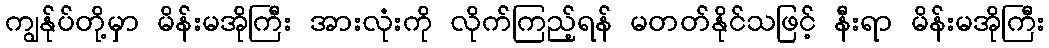
ကျွန်ုပ်တို့မှာ မိန်းမအိုကြီး အားလုံးကို လိုက်ကြည့်ရန် မတတ်နိုင်သဖြင့် နီးရာ မိန်းမအိုကြီး